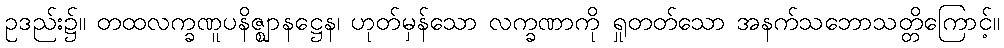
ဥဒည်း၌။ တထလက္ခဏူပနိဇ္ဈာနဋ္ဌေန၊ ဟုတ်မှန်သော လက္ခဏာကို ရှုတတ်သော အနက်သဘောသတ္တိကြောင့်။